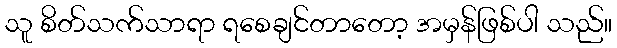
သူ စိတ်သက်သာရာ ရစေချင်တာတော့ အမှန်ဖြစ်ပါ သည်။